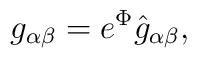
g_{\alpha\beta} = e^{\Phi} \hat{g}_{\alpha\beta},